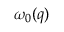
\omega _ { 0 } ( q )